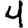
Digit: 4